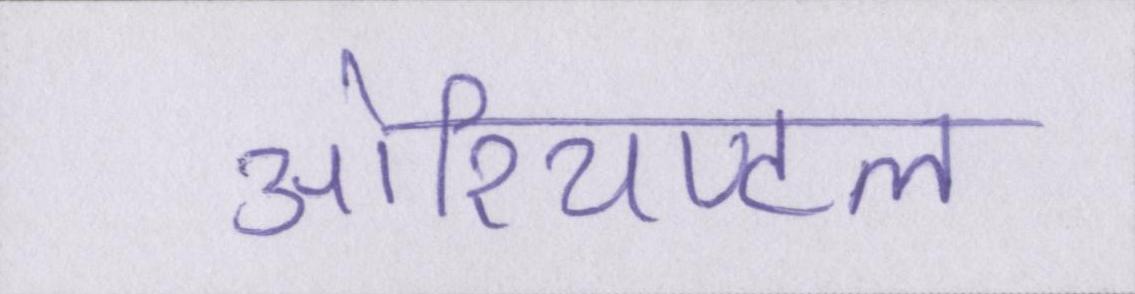
ओरियण्टल